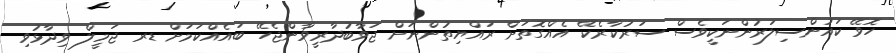
ހޮވޭ ކައުންސިލަރުންނަކީވެސް ސަރުކާރެކޭ އެއްގޮތަށް ރައްޔިތުންނަށް ޖަވާބުދާރީވާންޖެހޭ ބައެއްކަމަށް ޑރ ޖަމީލް ވިދާޅުވި